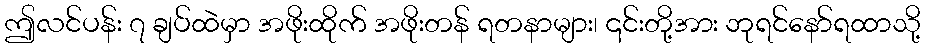
ဤလင်ပန်း ၇ ချပ်ထဲမှာ အဖိုးထိုက် အဖိုးတန် ရတနာများ၊ ၎င်းတို့အား ဘုရင်နော်ရထာသို့